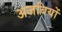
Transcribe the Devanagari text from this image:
अजबियों